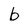
Character: b